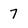
Character: 7